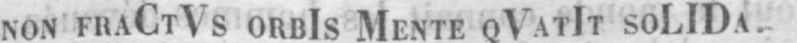
NON FRACTVS ORBIS MENTE QVATIT SOLIDA.